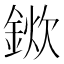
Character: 𨨢